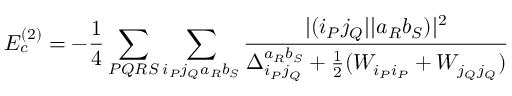
E _ { c } ^ { ( 2 ) } = - \frac { 1 } { 4 } \sum _ { P Q R S } \sum _ { i _ { P } j _ { Q } a _ { R } b _ { S } } \frac { | ( i _ { P } j _ { Q } | | a _ { R } b _ { S } ) | ^ { 2 } } { \Delta _ { i _ { P } j _ { Q } } ^ { a _ { R } b _ { S } } + \frac { 1 } { 2 } ( W _ { i _ { P } i _ { P } } + W _ { j _ { Q } j _ { Q } } ) }